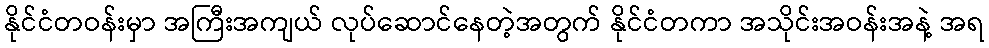
နိုင်ငံတဝန်းမှာ အကြီးအကျယ် လုပ်ဆောင်နေတဲ့အတွက် နိုင်ငံတကာ အသိုင်းအဝန်းအနဲ့ အရ